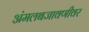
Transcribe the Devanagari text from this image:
अंमलबजावणीवर